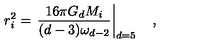
r _ { i } ^ { 2 } = \left. { \frac { 1 6 \pi G _ { d } M _ { i } } { ( d - 3 ) \omega _ { d - 2 } } } \right| _ { d = 5 } \quad ,